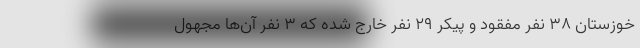
خوزستان ۳۸ نفر مفقود و پیکر ۲۹ نفر خارج شده که ۳ نفر آن‌ها مجهول‌